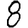
Digit: 8